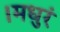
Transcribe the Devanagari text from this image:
।मधुरं